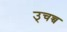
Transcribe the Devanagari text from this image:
उ्चच्च